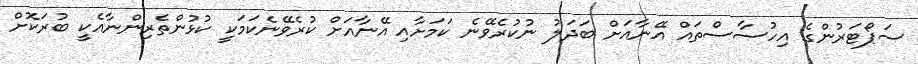
ސަޕޯޓަރުންގެ އިހުސާސްތައް އޭނާއަށް ބަދަލު ނުކުރެވޭނެ ކަމަށާއި އޭނާއަށް ކުރެވޭނެކަމަކީ ކުޅުންތެރިންނާއެކީ ބުރަކޮށް